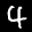
Label: 4